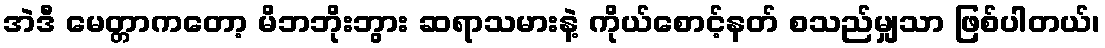
အဲဒီ မေတ္တာကတော့ မိဘဘိုးဘွား ဆရာသမားနဲ့ ကိုယ်စောင့်နတ် စသည်မျှသာ ဖြစ်ပါတယ်၊